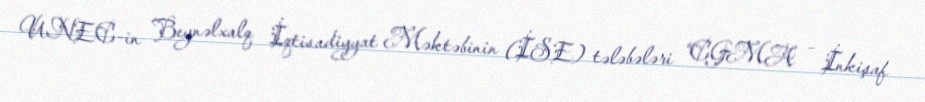
UNEC-in Beynəlxalq İqtisadiyyat Məktəbinin (İSE) tələbələri “CGMA – İnkişaf